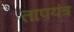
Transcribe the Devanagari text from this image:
तापयंत्र